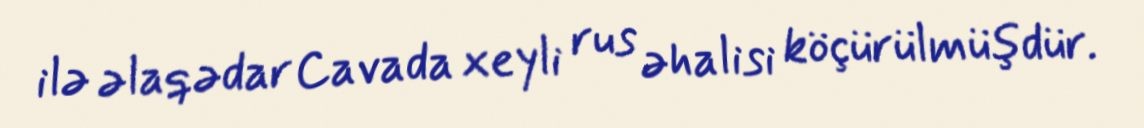
ilə əlaqədar Cavada xeyli rus əhalisi köçürülmüşdür.